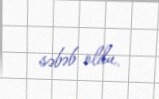
səbəb oldu.